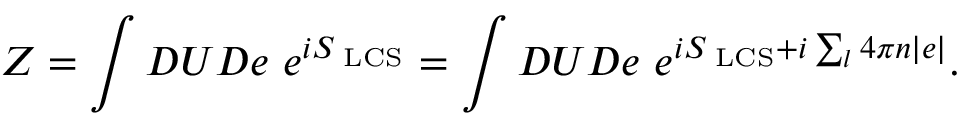
Z = \int { \cal D } U { \cal D } e ~ e ^ { i S _ { \mathrm { \tiny ~ L C S } } } = \int { \cal D } U { \cal D } e ~ e ^ { i S _ { \mathrm { \tiny ~ L C S } } + i \sum _ { l } 4 \pi n | e | } .